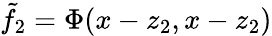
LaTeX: \tilde{f}_{2}=\Phi(x-z_{2},x-z_{2})